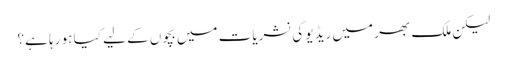
لیکن ملک بھر میں ریڈیو کی نشریات میں بچوں کے لیے کیا ہو رہا ہے؟